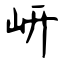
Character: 岍